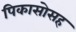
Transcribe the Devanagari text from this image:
पिकासोसह